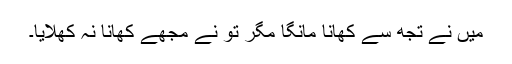
میں نے تجھ سے کھانا مانگا مگر تُو نے مجھے کھانا نہ کھلایا۔